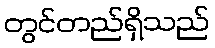
တွင်တည်ရှိသည်